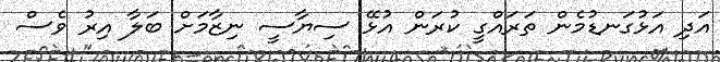
އަދި އަޅުގަނޑުމެން ތަރައްގީ ކުރަން އުޅޭ ސިޔާސީ ނިޒާމަށް ބަލާ އިރު ވެސް